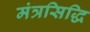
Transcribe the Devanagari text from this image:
मंत्रसिद्धि